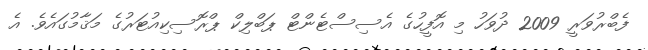
ފެބްރުވަރީ 2009 ދުވަހު މި އޮފީހުގެ އެސިސްޓެންޓް ޕަބްލިކް ޕްރޮސިކިއުޓަރުގެ މަޤާމުގައެވެ. އެ